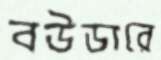
বউডারে